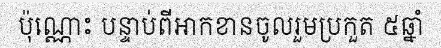
ប៉ុណ្ណោះ បន្ទាប់ពីអាកខានចូលរួមប្រកួត ៥ឆ្នាំ